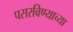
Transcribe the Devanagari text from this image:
पसरविण्याच्या